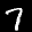
Label: 7